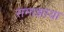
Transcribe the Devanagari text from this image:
समाझाया